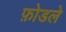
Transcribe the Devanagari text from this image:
फ़ोडले